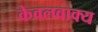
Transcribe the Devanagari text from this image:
केवलवाक्य